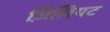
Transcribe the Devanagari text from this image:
ज़िलियट